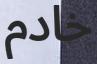
خادم